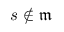
s \not \in { \mathfrak { m } }